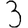
Digit: 3